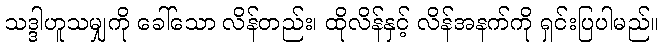
သဒ္ဒါဟူသမျှကို ခေါ်သော လိန်တည်း၊ ထိုလိန်နှင့် လိန်အနက်ကို ရှင်းပြပါမည်။